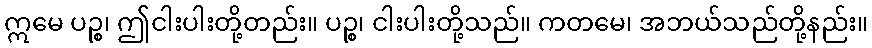
ဣမေ ပဉ္စ၊ ဤငါးပါးတို့တည်း။ ပဉ္စ၊ ငါးပါးတို့သည်။ ကတမေ၊ အဘယ်သည်တို့နည်း။